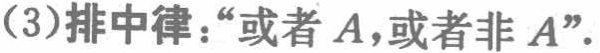
(3)排中律：“或者\(A\)，或者非\(A\)”。